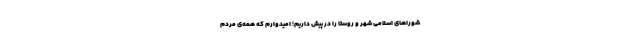
شورا‌های اسلامی شهر و روستا را در پیش داریم؛ امیدوارم که همه‌ی مردم